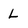
Character: L